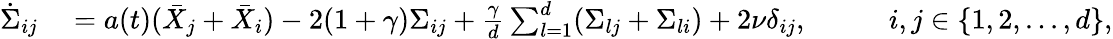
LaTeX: \begin{array}{rlrl}{\dot{\Sigma}_{ij}}&{{}=a(t)(\bar{X}_{j}+\bar{X}_{i})-2(1+\gamma)\Sigma_{ij}+\frac{\gamma}{d}\sum_{l=1}^{d}(\Sigma_{lj}+\Sigma_{li})+2\nu\delta_{ij},}&{\quad}&{{}i,j\in\{ 1,2,...,d\} ,}\end{array}